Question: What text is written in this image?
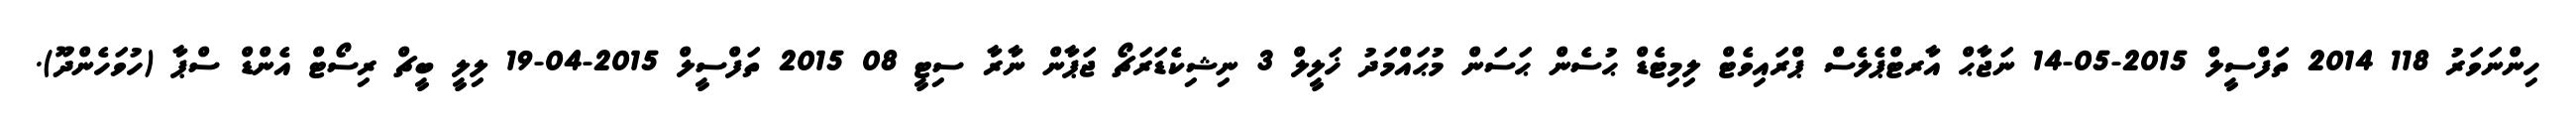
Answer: ހިންނަވަރު 118 2014 ތަފްސީލް 2015-05-14 ނަޖާޙް އާރޓްޕެލެސް ޕްރައިވެޓް ލިމިޓެޑް ޙުސެން ޙަސަން މުޙައްމަދު ޚަލީލް 3 ނިޝިކެޑަރަޗޯ ޖަޕާން ނާރާ ސިޓީ 08 2015 ތަފްސީލް 2015-04-19 ލިލީ ބީޗް ރިސޯޓް އެންޑް ސްޕާ (ހުވަހެންދޫ).